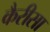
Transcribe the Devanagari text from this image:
कैरीसा